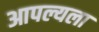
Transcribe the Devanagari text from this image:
आपल्यला